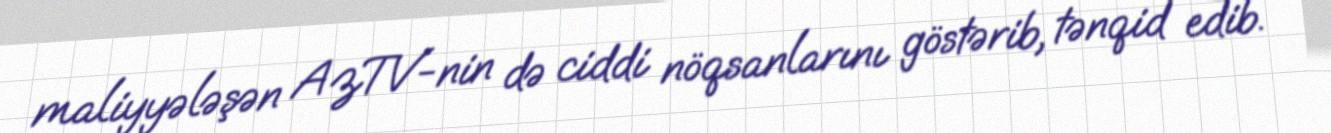
maliyyələşən AzTV-nin də ciddi nöqsanlarını göstərib, tənqid edib.